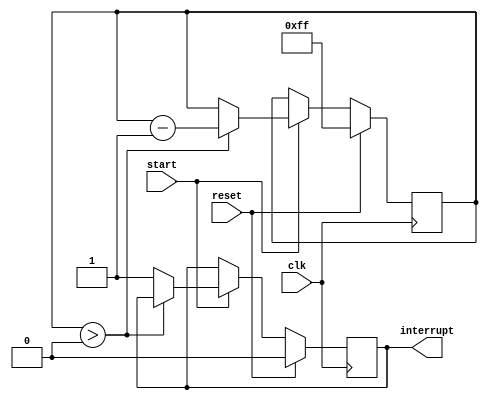
module countdown_timer (
    input wire clk,         // System clock signal
    input wire start,       // Start signal for countdown
    input wire reset,       // Reset signal for countdown
    output reg interrupt    // Interrupt signal when countdown is complete
);

reg [7:0] count_value;     // Countdown value, initialized to 8 bits

always @(posedge clk) begin
    if (reset) begin
        count_value <= 8'hFF;   // Initialize countdown value
        interrupt <= 0;         // Clear interrupt signal
    end else if (start) begin
        if (count_value > 0) begin
            count_value <= count_value - 1;    // Decrement countdown value
        end else begin
            interrupt <= 1;     // Countdown complete, set interrupt signal
        end
    end
end

endmodule